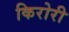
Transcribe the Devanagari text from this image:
किरोरी